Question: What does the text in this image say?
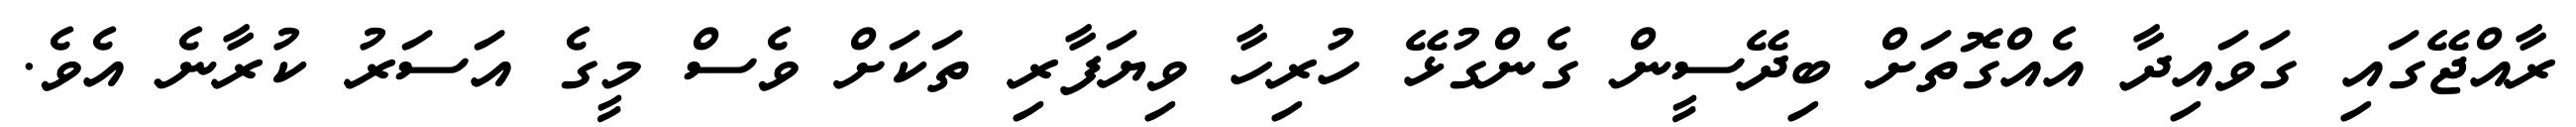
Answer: ރާއްޖޭގައި ގަވައިދާ އެއްގޮތަށް ބިދޭސީން ގެންގުޅޭ ހުރިހާ ވިޔަފާރި ތަކަށް ވެސް މީގެ އަސަރު ކުރާނެ އެވެ.